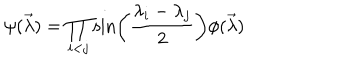
\psi ( \vec { \lambda } ) = \prod _ { i < j } \sin \left( \frac { \lambda _ { i } - \lambda _ { j } } { 2 } \right) \phi ( \vec { \lambda } )